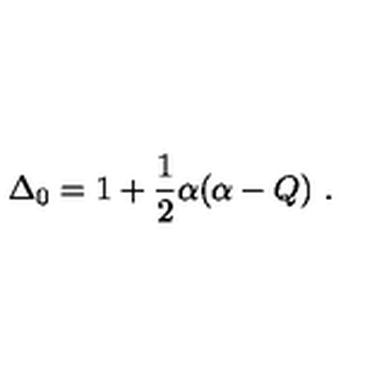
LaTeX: \Delta _ { 0 } = 1 + \frac { 1 } { 2 } \alpha ( \alpha - Q ) \ .